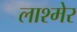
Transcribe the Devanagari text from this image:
लाश्मेर